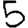
Digit: 5